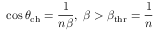
\cos \theta _ { \mathrm { c h } } = \frac { 1 } { n \beta } , \; \beta > \beta _ { \mathrm { t h r } } = \frac { 1 } { n } \;